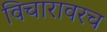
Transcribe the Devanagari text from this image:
विचारावरच